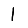
Digit: 1